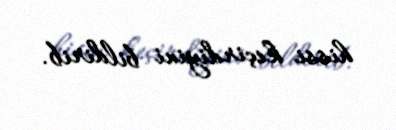
hissi keçirdiyini bildirib.